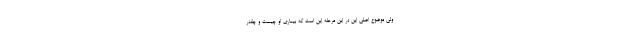
ولی موضوع اصلی این در این مرحله این است که بیماری او چیست و چقدر